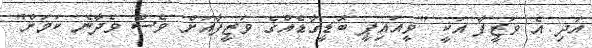
އަދި އެ ވަޒީފާ އަކީ "ވީއައިޕީ ބޮޑީގާޑެއްގެ ވަޒީފާއަށް ވެސް ވެދާނެ ކަމަށް"